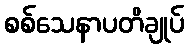
စစ်သေနာပတိချုပ်